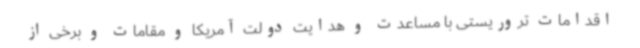
اقدامات تروریستی با مساعدت و هدایت دولت آمریکا و مقامات و برخی از